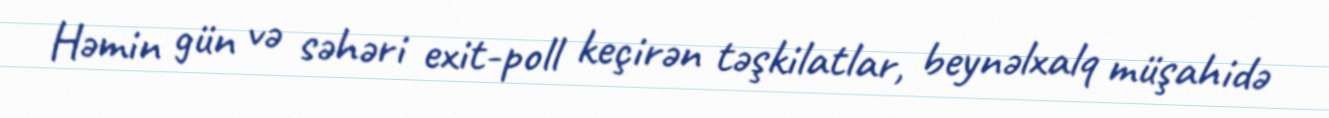
Həmin gün və səhəri exit-poll keçirən təşkilatlar, beynəlxalq müşahidə